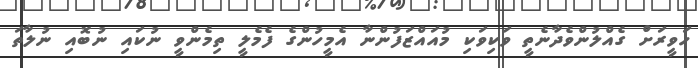
ހަވީރަށް ގެއްލުންވެދާނެތީ ވަކިވަކި މުއައްޒަފުންނާ އެމީހުންގެ ފެމެލީ ތިމެންވީ ނުކައި ނުބޮއި ނުލާތަ